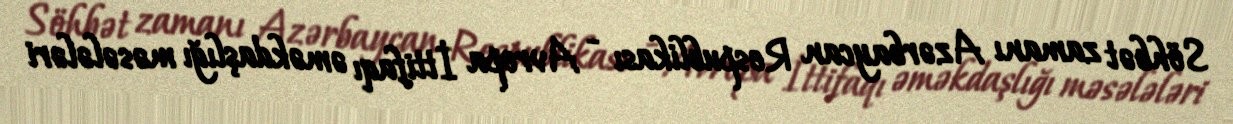
Söhbət zamanı Azərbaycan Respublikası - Avropa İttifaqı əməkdaşlığı məsələləri